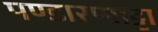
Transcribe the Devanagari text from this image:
पण्डारप्पाट्टा